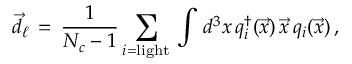
\vec { d } _ { \ell } \, = \, \frac { 1 } { N _ { c } - 1 } \sum _ { i = \mathrm { l i g h t } } \, \int \, d ^ { 3 } x \, q _ { i } ^ { \dagger } ( \vec { x } ) \, \vec { x } \, q _ { i } ( \vec { x } ) \, ,